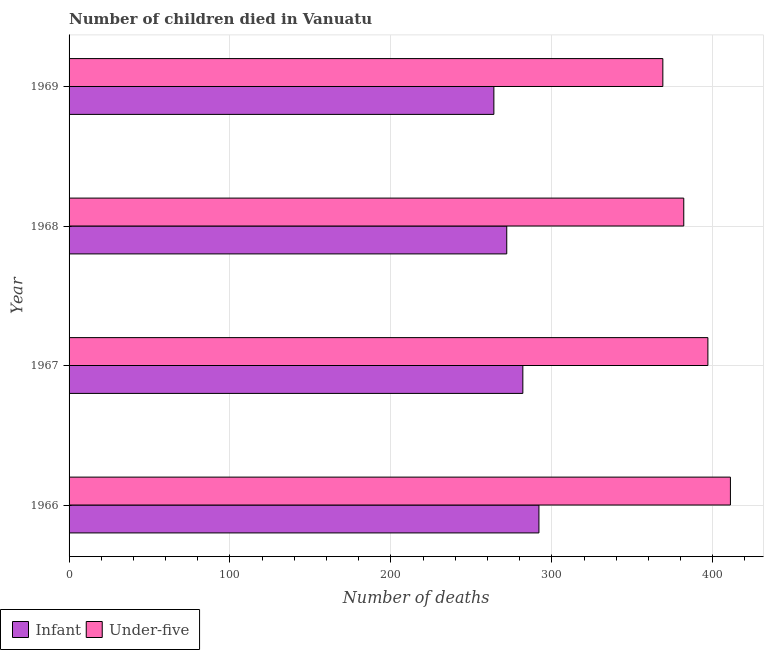
| Year | Infant | Under-five |
 | --- | --- | --- |
 | 1966 | 292 | 411 |
 | 1967 | 282 | 397 |
 | 1968 | 272 | 382 |
 | 1969 | 264 | 369 |